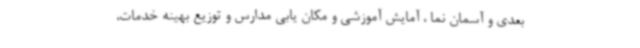
بعدی و آسمان نما ، آمایش آموزشی و مکان یابی مدارس و توزیع بهینه خدمات،